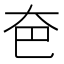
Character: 夿